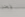
نحن